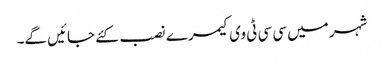
شہر میں سی سی ٹی وی کیمرے نصب کئے جائیں گے۔